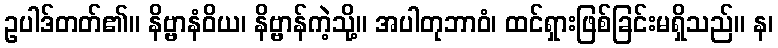
ဥပါဒ်တတ်၏။ နိဗ္ဗာနံဝိယ၊ နိဗ္ဗာန်ကဲ့သို့။ အပါတုဘာဝံ၊ ထင်ရှားဖြစ်ခြင်းမရှိသည်။ န၊